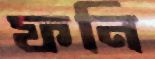
ফনি